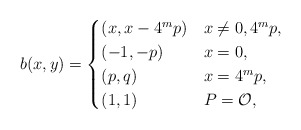
\begin{align*}b(x,y) = \begin{cases}(x, x - 4^{m}p) & x\neq 0,4^{m}p, \\(-1,-p) & x = 0,\\(p,q) & x =4^{m}p, \\(1,1) & P = \mathcal{O},\end{cases}\end{align*}